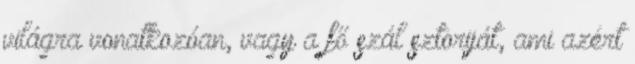
világra vonatkozóan, vagy a fő szál sztoriját, ami azért